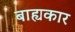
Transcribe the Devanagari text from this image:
बाह्यकार